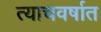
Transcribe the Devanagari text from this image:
त्याचवर्षात